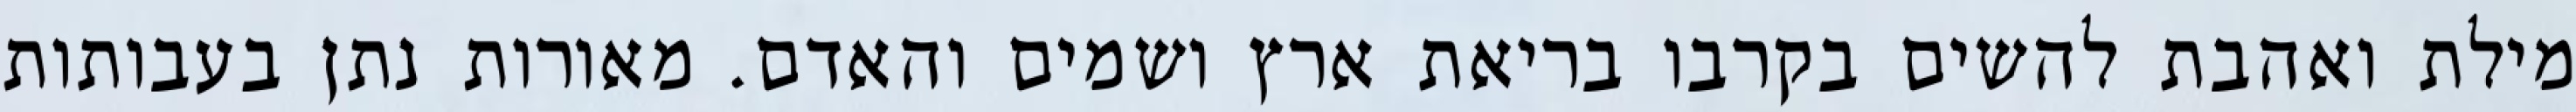
מילת ואהבת להשים בקרבו בריאת ארץ ושמים והאדם. מאורות נתן בעבותות